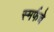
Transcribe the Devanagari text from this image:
स्मर्फचे